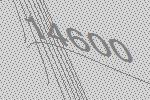
14600